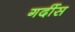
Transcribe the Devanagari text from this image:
गर्दीस